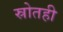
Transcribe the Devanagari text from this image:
स्रोतही